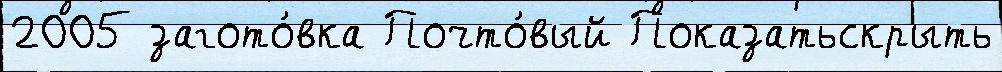
2005 загото́вка Почто́вый Показатьскрыть